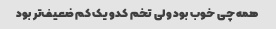
همه چی خوب بود ولی تخم کدو یک کم ضعیف‌تر بود